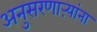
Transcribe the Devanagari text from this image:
अनुसरणाऱ्यांना